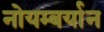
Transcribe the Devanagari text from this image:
नोयम्बर्यान